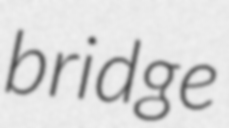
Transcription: bridge